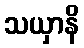
သယှာနိ